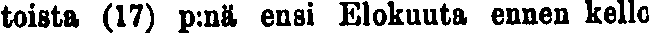
toista (17) p:nä ensi Elokuuta ennen kello